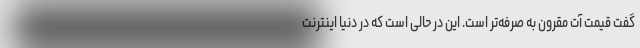
گفت قیمت آت مقرون به صرفه‌تر است. این در حالی است که در دنیا اینترنت